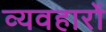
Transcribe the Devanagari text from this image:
व्यवहाराें